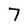
Character: 7